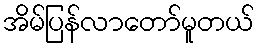
အိမ်ပြန်လာတော်မူတယ်